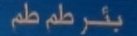
بَئرْ طمْ ط